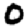
Digit: 0